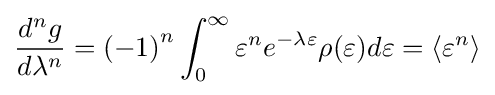
{\dfrac {d^{n}g}{d\lambda ^{n}}}=\left(-1\right)^{n}\int _{0}^{\infty }\varepsilon ^{n}e^{-\lambda \varepsilon }\rho (\varepsilon )d\varepsilon =\left\langle \varepsilon ^{n}\right\rangle